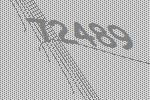
72489